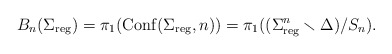
\begin{align*}B_n(\Sigma_{\rm reg}) = \pi_1({\rm Conf}(\Sigma_{\rm reg}, n)) =\pi_1 ((\Sigma^n_{\rm reg}\smallsetminus \Delta)/S_n).\end{align*}